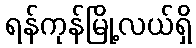
ရန်ကုန်မြို့လယ်ရှိ